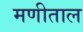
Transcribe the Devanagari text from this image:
मणीताल